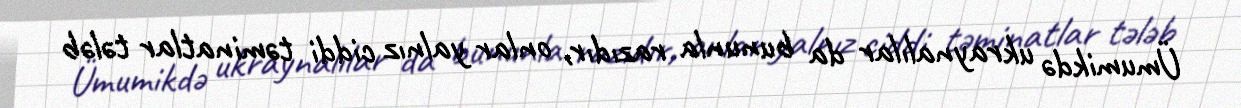
Ümumikdə ukraynalılar da bununla razıdır, onlar yalnız ciddi təminatlar tələb